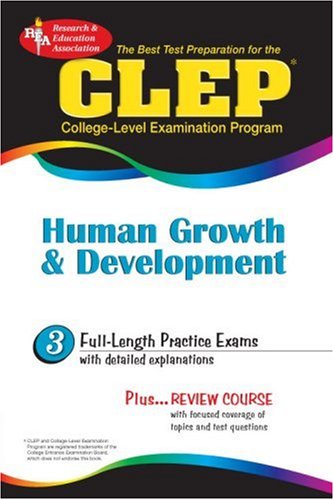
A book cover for CLEP Human Growth & Development (REA)-The Best Test Prep for the CLEP Exam (CLEP Test Preparation); Editors of REA; Test Preparation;